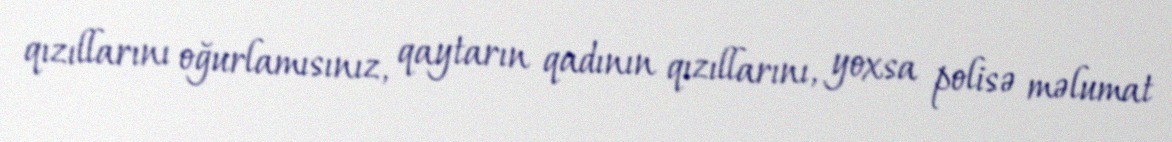
qızıllarını oğurlamısınız, qaytarın qadının qızıllarını, yoxsa polisə məlumat